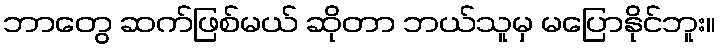
ဘာတွေ ဆက်ဖြစ်မယ် ဆိုတာ ဘယ်သူမှ မပြောနိုင်ဘူး။